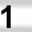
Digit: 1